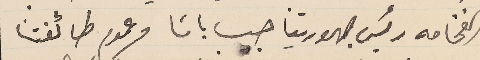
الفخامه رئيس جهوريتنا حبيب باشا وعموم طائفتنا